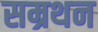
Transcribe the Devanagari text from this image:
सम्रथन